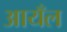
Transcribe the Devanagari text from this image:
आयँल